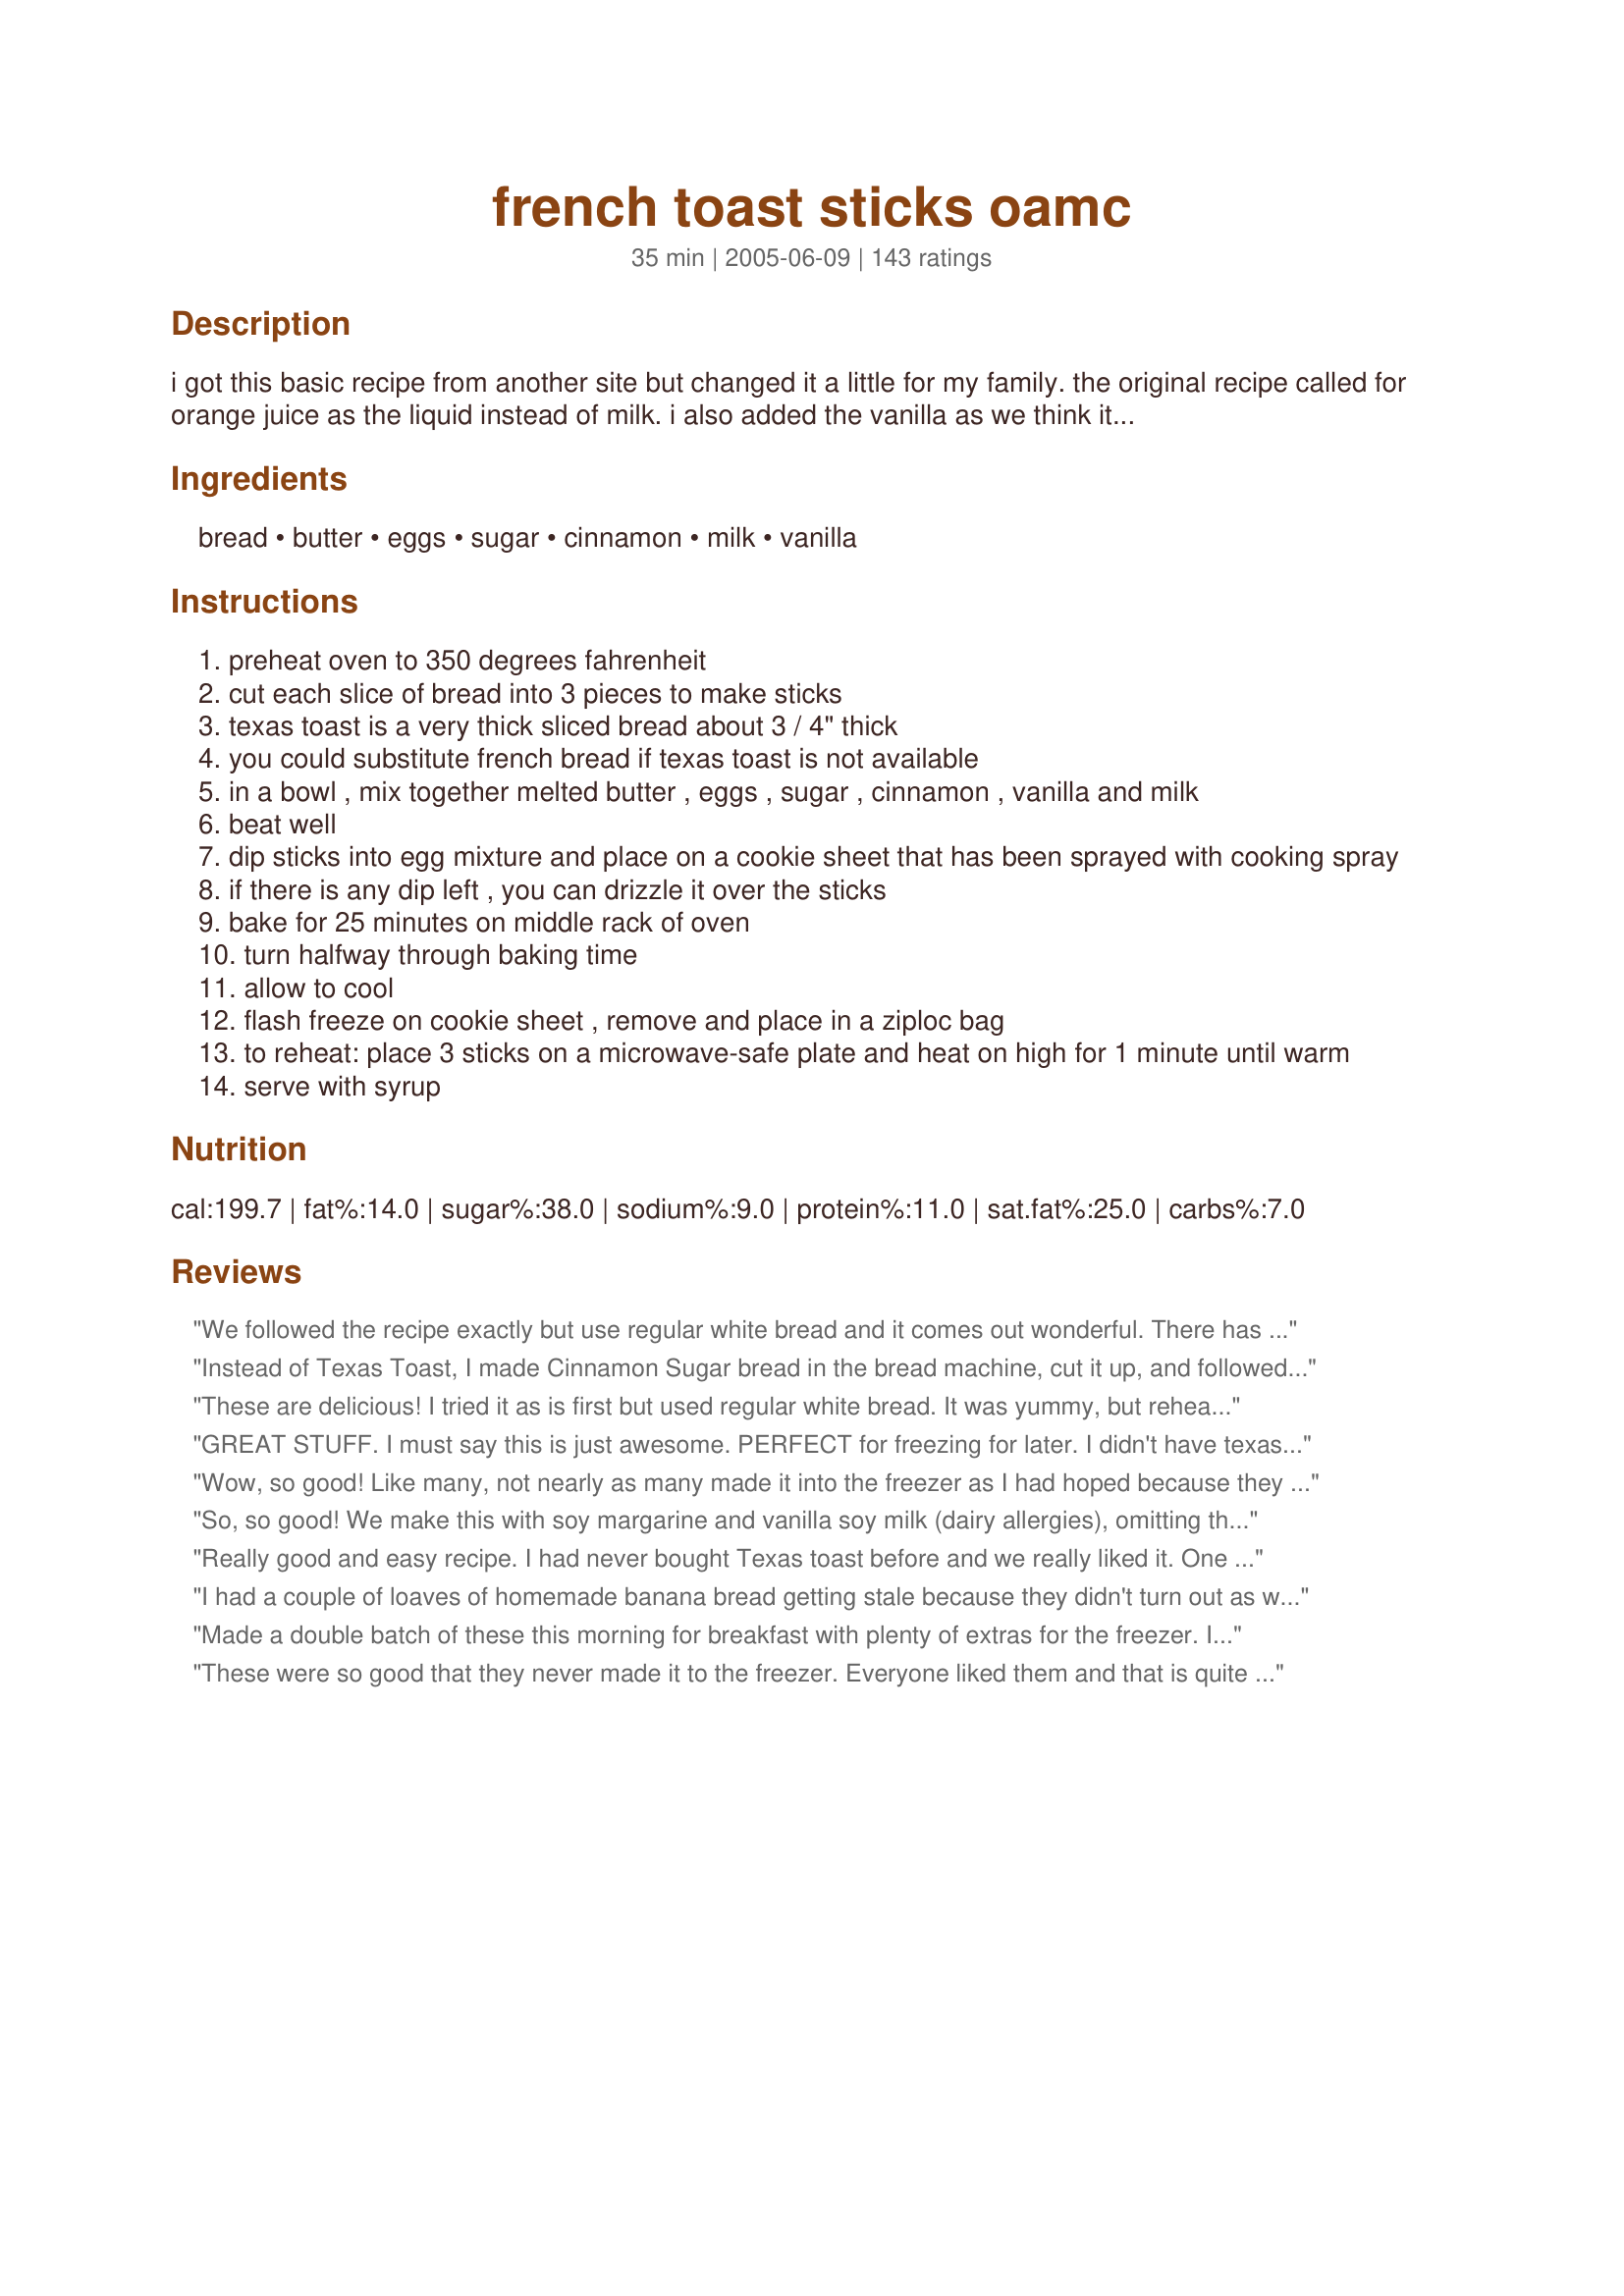
french toast sticks oamc
Preparation time: 35 minutes

i got this basic recipe from another site but changed it a little for my family. the original recipe called for orange juice as the liquid instead of milk. i also added the vanilla as we think it gives it a nice flavor.

Ingredients:
bread, butter, eggs, sugar, cinnamon, milk, vanilla

Steps:
preheat oven to 350 degrees fahrenheit
cut each slice of bread into 3 pieces to make sticks
texas toast is a very thick sliced bread about 3 / 4" thick
you could substitute french bread if texas toast is not available
in a bowl , mix together melted butter , eggs , sugar , cinnamon , vanilla and milk
beat well
dip sticks into egg mixture and place on a cookie sheet that has been sprayed with cooking spray
if there is any dip left , you can drizzle it over the sticks
bake for 25 minutes on middle rack of oven
turn halfway through baking time
allow to cool
flash freeze on cookie sheet , remove and place in a ziploc bag
to reheat: place 3 sticks on a microwave-safe plate and heat on high for 1 minute until warm
serve with syrup

Reviews:
We followed the recipe exactly but use regular white bread and it comes out wonderful. There has never been enough leftovers to freeze.
Instead of Texas Toast, I made Cinnamon Sugar bread in the bread machine, cut it up, and followed the recipe. Ohmygod, delicious. I recommend the same to anyone that has a breadmaker, because that extra step MADE this for me. And now I don't have to buy the additive-packed french toast sticks at the store! Thank you Thank you!
These are delicious! I tried it as is first but used regular white bread. It was yummy, but reheated they were a little hard. The second time, I used Texas toast and added more sugar because I want my kids to be able to eat this on the go and I dont want sticky fingers in my car. Sooooo good! If you up the sugar you dont need syrup! Yum!
GREAT STUFF. I must say this is just awesome. PERFECT for freezing for later. I didn't have texas toast style bread on hand so I used regular white bread. Definently would be better NOT to use white bread. White bread fell apart and was a bit difficult to work with. But the batter was GREAT. A super recipe. Again Thanks JillAZ!!!!!!!!!
Wow, so good! Like many, not nearly as many made it into the freezer as I had hoped because they were too good to resist. For some reason, the melted butter became kind of clumpy - maybe the eggs/milk were too cold?? - but they still came out delicious. Followed recipe exactly and wouldn't change a thing next time. Thank you!
So, so good! We make this with soy margarine and vanilla soy milk (dairy allergies), omitting the additional vanilla. We use "artisan" sourdough bread, cut an inch thick, and the texture is fantastic - nice and crunchy and chewy, not all gooey and soggy like french toast can sometimes be. Reheating frozen sticks takes 30-40 seconds in our 1000 watt microwave. Thanks, JillAZ, we make these all the time!
Really good and easy recipe. I had never bought Texas toast before and we really liked it. One loaf was exactly enough to double the recipe. When I tried to turn them halfway through the first batch they weren't quite done yet and stuck to the pan, so I had to cook mine quite a bit longer before turning them. I ended up raising the temp to 375 for the final batch, which worked great for me. They crisped up really nicely at that temp (at least in my oven). They reheat pretty well and my 2 yr. old gobbles them up. Much cheaper than buying them frozen.
I had a couple of loaves of homemade banana bread getting stale because they didn't turn out as well as usual. I used 1 to make this just to see if the stale bread could have a second life and they were WONDERFUL! Yum! I also did a few slices of regular whole wheat storebought bread just to see, and they turned out great too. I will make this whenever I need to use up stale bread from now on. I like that there was sugar in the milk mix, because to me that tempered the "eggy" taste that I usually do not care for in french toast, plus it made them appealing to my lttles (ages 5, 3, and 1.5) without syrup, although I did give them a little honey for dipping.
Made a double batch of these this morning for breakfast with plenty of extras for the freezer. I used a whole loaf of the Texas Toast, with enough egg mixture leftover for four slices of regular french toast. After reading the reviews of the melted butter clumping when added to the egg/milk mix, I decided to combine everything but the butter and let that warm in the bowl on the stovetop while I preheated the oven and cut the bread into sticks. I then added the melted butter just before I was ready to dip and had no problems. Dipped about half as written, then added approximately a 1/3 c. maple syrup to the egg mixture to finish the rest. My three kids seem to prefer it with the syrup added. A delicious recipe without the additives in the store bought version. Thanks a ton!
These were so good that they never made it to the freezer. Everyone liked them and that is quite an accomplishment in my house. I made them exactly as written, except I forgot to turn them halfway but they were great anyway. Thanks for such a great recipe. UPDATE Today I was in a hurry making these and I forgot to add in the melted butter. My kids and I could not tell the difference. So from now on, I will not add the butter.
This was easy and really good. I made to have on hand for breakfast or school lunches. Used TX Toast. I was able to use 3 more slices to use up all the egg mix. I put on parchment paper, one sprayed, the other not (ran out!) When it said turn halfway through, I had a brain fart and literally turned the pan, not the sticks! Duh! They came out fine, just not as crisp on the bottom. Won't be able to tell after defrosting. Kids liked them, but DD said you couldn't just take a bite, you had to rip with your teeth, which may be from the crust.
Very good and easy, I doubled the liquid mixture and it was enough to do a whole loaf of the texas toast bread!
Wonderful recipe. I am always looking for quick good breakfasts and being able to freeze this is great! I did make a few changes. I didn't have Texas toast or French bread so I used my families favorite wheat/white bread and cut the slices a little thicker. Also, instead of melted butter, I used canola oil (The first time I tried it, when I added the melted butter to the eggs, the butter clumped up. This probably wouldn't happen if I let the eggs get to room temperature first, but the oil worked fine). In addition, I used 1/2 tsp. cinnamon and 1 tsp. vanilla. And I increased the cooking time to 30 minutes, for 15 minutes on each side. This recipe is awesome!!!
Wow these are unbelievable! I made a double batch and one came out much better than the other. Go figure. I also cooked them for more than 30 minutes but followed these recipe to a tee. I will have to trick my kids into thinking there aren't 15 servings in the freezer! They would eat every one of them. This is the kind of reciped that I wish I had twenty of. Thanks.
Very good recipe; instead of using regular bread I used mini 100% whole wheat bagels (Brand: Thomas)... My Son (18-month old) is in the picky eater stage and he doesn't like french toast but he lovedddd this recipe ;D. Thank you very much!!!
I cut the bread in thirds and lightly toast it before dredging. It keeps the integrity of the middle slice.
Great recipe that makes heaps. I had intended to flash freeze half, but we had company pull up in the driveway just I took the french toast out of the oven, so I served them with coffee for morning tea. Really yummy. We dusted them with icing sugar. I also love the fact that I didn't have to use a frypan to make them - a big winner in our house , thanks JillAZ
Great recipe and OAMC technique. I used nearly two small loaves of Pepperidge Farm whole grain cinnamon swirl sweet bread, added a bit more milk and egg and decreased the sugar. Texas Toast would probably give a result that's closest to the frozen French toast sticks you can buy, but I wanted these to be firm enough for the kids to hold and dip in syrup. I look forward to experimenting further with this wonderful recipe! Thanks for sharing!
I followed the recipe as written except I used OJ and took out the vanilla. I made 6 batches at once and all of my batches stuck to the pan really badly so use lots of oil! I also recomend doing the egg batter in 1 or 2 batch bowls because my butter kept solidifying. These are awesome reheated, but the slight orange flavor was pretty much gone after freezing.
It was nice to make French Toast all at once, rather than piece by piece. The taste was good, but they really stuck to the pan, so I will HEAVILY grease the pan next time. With the addition of syrup, the sticks were a little too sweet, so I may also lessen the sugar next time. Will review again after freezing and re-heating. THank you for breakfast!
These are seriously SO GOOD, the perfect French toast that you could imagine. I&#039;ve always tried new recipes but all the French toast turns out with too much egg glopped on the sides and such. I can&#039;t describe how or what makes it delicious. This recipe is a keeper for sure!
Followed the recipe exactly and they are 1000 times better than the store bought frozen variety. I'll never buy those again! I made a 1.5 pound loaf of french bread in my bread machine, let it cool and cut it into 8 super thick slices. Cut those slices into 4 strips each and it was perfect. Used up the last bit of dip with the last piece of bread and the texture is great! Thanks for sharing, this is a recipe I'll be using the rest of my life.
Wonderful to eat, superfast and easy to make - what more could you ask for?
I just found this recipe and knew I had to try it since school starts tomorrow. I planned on making one batch but the bread store had 5 loaves of Texas Toast for $5.25 or $1.79 each so I went overboard and am glad I did. I came home and started my first batch. I have already eaten a serving while slicing my remaining loaves of bread. I didn't change a thing and they are excellent.
I'm defintely giving this recipe 5 stars...it's great fresh out of the oven and I make this on Sunday's for my husband and daughter...

My problem lies in reheating after freezing...they just weren't good. They seemed to get hard after reheating for 60 secs, and even after decreasing the reheating time, they just didn't have the same flavor. 

I'm in no way blaming the chef/recipe...I did follow the steps to the 'T'. I think I'm just partial to the fresh out of the oven taste of this recipe and that seems to be the only way I want to eat it.

This recipe is still and always GREAT!
Bon Appetit, YA'LL. Made for Alphabet Soup Tag.
This was really good. I will now use this in my breakfast arsonal. Thanks, jillaz
I recently started something a bit different with the cinnamon and thought this might make a neat suggestion. Instead of incorporating the cinnamon into the "batter", dust it over the slices of bread and then cut it into sticks, dipping into the "batter" after that. I will be trying this recipe and then updating my review. -Azure!
Mmmmm....these are so good. We had "breakfast for dinner" last night and these were a BIG hit. I loved the cinnamon in these. I had little cups for our syrup so the kids could dip. thank you for sharing these little gems with us.
I'm so tired of buying the store bought ones. These ate great and I didn't even need to buy Texas today, I was already making bread and set aside a loaf to make these. Be very gentle when dipping, they get weak. I coated with cinnamon sugar just like the store. The kids want them for lunch and they're still baking!
I cut the recipe in half as I only had two eggs but followed the recipe as written. I did use Splenda instead of sugar though. I didn't even get to try this as my husband and son ate it as soon as it came out of the oven. They both said they liked them. I didn't cut mine like someone else suggested. I will have to make these again so I can try them.
Easy to make and my boys loved them. I may have to make these every weekend to have on hand for school days.
My son loves french toast sticks, these are great for 6 am hockey practices.
I made some modifications, I used 6 slices texas toast bread, 1 tbsp melted butter, 4 eggs, 1 tbsp sugar, 1 tsp cinnamon, 2/3 cup milk and 1 tsp vanilla.
I think I will bake a little less time next time.
These were a big hit, thanks!
Loved the reccipe! One tip: I mix the cinnamon with the sugar prior to adding to the egg mixture, as it will not clump this way. Otherwise, made just as directed.
I used leftovers from a loaf of bread I made for dinner the night before from my bread maker (it's never quite as good the next day!) This was the perfect solution for the unused bread. I let the bread get a little stale and then let it soak a little longer in the liquid. Fantastic! My 4 year old loved it! As she said, it was "just like the restaurant!" Froze a bunch for those mornings we're rushing out the door for preschool. Thanks!
I cut the Texas toast into 3rd&#039;s and had no problem dipping. If you foil your baking pan or not make sure you spray Pam a little heavy. Also I found that baking on the bottom rack gave me the best browning. Great recipe!
My kids loved these. I did have trouble with them sticking to the pan, so some of the toasted crispness was gone. Also I microwaved them on 1/2 power, they were too chewy at full power.
We haven&#039;t had a chance to freeze these yet, but they were a big hit straight out of the oven. I did 1 1/2 batches of batter, and got almost 12 slices out of it. I used french bread, cut into 1&quot; slices, with each slice cut into thirds. I used parchment paper, and turned them carefully with a spatula - no problems sticking. I baked them a bit longer than 25 minutes. We had them for &quot;night breakfast&quot; with sausage and grapefruit. We&#039;re looking forward to reheating the leftovers for breakfast. Thanks for sharing! (Also, I&#039;ve never added the butter, and we haven&#039;t missed it a bit!)
This was super east to make and I like the fact you bake it instead of fry it. We doubled the recipe and used a whole loaf of the "Big bread).
My 4-yr old liked these. They do need to stay in the oven a little longer. I left mine for 30 minutes.
these turned out well for me. I made a double batch, used regular whole wheat sandwich bread (next time I will use french bread!), splenda instead of sugar, and I ended up putting in only 1/3 c milk- not sure how I did that! These french toast sticks were easy enough for the kids to help me with, tasty, and a great morning meal or afternoon snack. My boys love to dip these in applebutter or applesauce! Thanks for posting!
I HATE CAN'T STAND... french toast, but this was fantastic & WONDERFUL!! I made these for the family for OAMC. I thought I would just try it, and they are REALLY GOOD!! I don't even think you would need syrup with them. I already had cinnamon sugar so I just used 1/3 cup of that. I wish I would have doubled the recipe. I will be making these again for sure. I used french bread from the store so it only cost me about 2$ compared to the 7-10$ it would have cost to buy pre-made. I am going to try wheat bread next time. I also cut all of the crusts off prior to dipping in the mixture (per other comments). Really loved these, so did the family. Thanks so much!! Edit to change typo
These are great. Made a batch yesterday & as soon as they were done DS wanted to eat them. Made as directed except sprinkled the cinnamon on the toast right before putting in oven.
Thanks for recipe.
Perfect in every way! I first made a loaf of Basic Machine French Bread Recipe #46501, letting it cook in the machine so I had a loaf that was a rectangular prism. After cooling, I used my bread slicing guide to make thick slices by skipping every other slot. I could then proceed per the directions above. One and a half recipes of the egg mixture was just the right amount to make up the whole loaf. By the way, I used the blender to mix the egg dip. A few of the toast sticks were eaten right away because they smelled so good, even if it were 10:00 at night! The rest got frozen and my daughters are loving the convenience for a quick breakfast. Thanks for a great idea.
I doubled the recipe and used flax seed bread. I baked them at 400 degrees because I was having a hard time getting them to brown. I ended up with 1 1/2 gallon sized ziplocks full of sticks. My 3 small children loved munching on them and dipping them in syrup. Next time I will quadruple the recipe!
Yummy!! DD was growing tired of frozen waffles, so I made these this AM as a part of my OAMC day!!! Absolutely yummy! I was unable to find Texas Toast so I used Italian Bread instead and they turned out perfect. Thanks!
This makes a great breakfast for my toddler. I omitted the sugar and some of the butter to make it a healthier recipe. I also used regular organic wheat bread instead of texas toast.
I liked this very much but was quite a bit of prep work and cook time was a bit more....maybe because I used italian bread thickly sliced. Enjoy preparing something ahead of time as the school year approaches. will make again but will make a double batch to make up for prep time...mine as well make it worth my while!
To avoid the problem of sticking to the pan...use Parchment Paper. Easy to flip and brown beautifully. My kids love these!!
Doubled the recipe. Was only able to get 14 slices, but who cares?! Rather than baking/or making sticks, we just fried them in a pan whole. Delicious!! Thank you!
These turned out really well, except that they stuck to the pan horribly, even though it was greased. I think this was due to pouring the extra dip over them, as the sheet pan tilted a bit in the oven and the ones without the extra dip were fine. The ones that the dip pooled by were the ones that stuck badly. Next time I'll try it without using up the extra dip, but my 18 month old loves these and it definitely saves me time every morning!
These are a staple to have in our freezer, my kids love them!
Made these for a family brunch & they came out delicious! I made the mistake of putting foil on my pans for easier cleanup, but even sprayed with cooking spray the bread got a little stuck -- lesson: don't line your pan with foil; just spray with cooking spray! I added a little nutmeg to the batter too - made them extra yummy. Thanks for posting - will make again! -M =)
These were just what I was looking for. Baking them in the oven was so easy. It did take a few minutes more and turning them over one more time to get them browned, but no problem since I wasn't standing at the stove cooking all of these in a pan. I haven't tried freezing any yet, will do that next go around. Thanks!
Great recipe!! My daughter loved them! Which is a great thing. I didn't bake as long as what was stated as my oven runs hot. Next time I make I will add more cinnamon cause the kids want them to tast cinnamonny! lol Thanks JillAZ!
These were good. I had two picky 6 yr. olds reqest french toast sticks for breakfast after a sleep over. I usually buy the frozen ones but I realized that I had ran out. So I made these for them instead and they loved them and turned in 2 empty plates! Anytime they clelan their plates it's always a keeper for me!! Thanks!
I followed the recipe exactly (but doubled it) and my grandsons (ages 6, 4, and 15 mo) enjoyed them... as did DS and DIL. The leftovers made it to the freezer but were finished off the next morning. I esp liked that they were baked rather than fried. Definitely will make again. Thanks for sharing this recipe! EDITED TO ADD: Made again today using a loaf of artisan bread sliced appx 3/4" thick. Did not cut into sticks. Baked on parchment paper and it did NOT stick... yea! Had to bake a bit longer b/c the bread was heavy and thick sliced. Leftovers are heading to the freezer for later enjoyment! :)
Delicious! I used regular bread. Next time I'll be sure to make a double or triple batch, as this only made one meal for us.
These were very yummy!
Ours didn't make it to the freezer either. Will try that next time!
Thanks for the great recipe!
Great Recipe! The kids,hubby and myself have enjoyed these. They are easy to make and freeze. So much nicer than store bought stuff too cuz I use my homemade bread (via bread machine) to make the sticks. I am going to have to try Britty's suggestion next time and make Cinnamon Sugar Bread for the sticks. Thank you!
Update: Tried the Cinnamon Sugar Bread and it was awesome! Thank you Britty for the suggestion.
I made these for my husband for fathers day as he loves french toast sticks. They did not look like the picture. Since my oven runs very hot, I kept the toast in tact and cut it into 3rds after baking. I believe I let the bread soak up too much of the egg mixture. They did taste good however the middle was not as firm as I had hoped and the toast did not brown like the photo. Will make again but will truly dip the toast in the egg mixture instead of set it in and then flip it over. Definitely worth another shot! I gave 5 starts because the taste was there but I did not follow the directions exactly which is why I believe I ended up with the result I did.
Love this recipe! Easy to make, very tasty, and the kids can't get enough! I love serving these with apple sauce to dip into. This made enough egg mixture for twice the amount of bread though. Next time I'll just double the bread and not the rest of the ingredients. :) Thank you so much for posting! Great freezer filler.
My DD (12) loves these in her lunch box. I pull out the zip lock bag from the freezer & pop them into her lunch box in the morning & they are ready by snack time. Thank you for posting
Used cafe style raisin bread as was on sale, TRUE!
Mixed together sugar, eggs, milk, vanilla too!
This is an easy brekkie for me!
Will serve with jam, SO HEALTHY!
Husband and baby loved these. Unfortunately, they never made it to the freezer. Next time, definately making a double batch!!!
Made this weekend--the kids & DH liked it so much that they wanted to have it for dinner. I used parchment paper (as noted by another reviewer) to avoid any sticking. The recipe was doubled to make an entire loaf of Texas toast, but I found that I still had to add a couple of eggs to get all the pieces covered. I chose to bake a wee bit longer (1 minute or so) to get a little more golden brown & crispy, cos my kids seem to like French Toast stix that way. Thanks for this great make-ahead breakfast recipe!
They came out great! Loved 'em!
These were awesome. I made enough to freeze for a month but with 5 kids and a husband in the house they were gone much faster than that! Thank you.
I tried this using a basic homemade white bread and it worked perfectly. I only had enough bread to make four thick slices so I halved the recipe. To save time, I made them as whole French toast pieces. The kids gobbled them up so I had none left to freeze. I'll be trying this again soon. Thanks for the recipe.
These are wonderful! They taste so good and are so much more healthier than the store bought. I'm glad to find such a kid pleaser breakfast. Thanks!
I made these for a church breakfast and they worked out really well. I put cinnamon in the batter AND sprinkled cinnamon and sugar on top before putting in the oven. I didn't freeze them - just made them in the evening and warmed them up the next morning. Thanks for posting!
I like how these were crispy on the outside. The kids liked dipping them in syrup.
These were great fresh out of the oven. I have to agree with a previous reviewer, they are not as good reheated in the microwave (they seemed to get a little rubbery)
These turned out great! 
I had enough extra batter to use up the whole loaf (I had to use thick cut white bread with sesame seeds on top called a "BBQ Loaf"). Very accurate instructions and very tasty results.
The egg mixture was almost the perfect amount. I noticed after flipping them (which was near impossible without a spatula, even with well sprayed foil) the other side didnt really get browned as much as just toasted. It was still terrific and will make it again.
Deee-licious and super easy, too. None have made it to the freezer yet but have been enjoyed by all.


This was easy to make. I doubled the recipe and used regular white bread. I used 21 pieces of bread for this amount of batter. I cut the slices of bread in two and some in three, we'll see how they taste reheated (and I will update my review). We had 5 of the pieces whole (including using two "sandwiched" with cream cheese for stuffed french toast) and they were yummy.
You may see the cooking time and wonder whether its really worth it. It absolutely is. These were sooooooooo amazingly good, probably one of the best breakfast recipes I&#039;ve ever tasted. If you don&#039;t love it, you might just be a dang fool.
WOW! These are great and very easy.
My kids will love it.
I did use brown sugar in place of the regular sugar. I used homemade white bread.
This will be a winner in my book!
These had a really good flavor. My only issue was that they seemed to be a little mushier than regular French toast...I just popped them in the toaster and they were fine. My 2 year old devoured her portion, as did I (and then some). I used sourdough bread because it was the ONLY thick-sliced dense bread the grocery bakery had...didn't seem to hurt the flavor. Also, mixing warm melted butter with cold milk and eggs made things a little clumpy and difficult to blend well...perhaps creaming those ingredients as another reviewer suggested would be best. Thanks!
loved this. i used an uncut loaf of french bread which i cut into about 16 thick slices so i doubled the recipe. i also added a dash of nutmeg & blended all the ingredients together in my blender. the cinnamon & nutmeg tend to settle at the bottom so i dusted some extra before baking. i also let the bread soak up the milk in a deep pan for about half an hour (turning 1-2 times) before putting it in the oven. teh bread smelled heavenly straight out of the oven. thank you for the great recipe JillAZ.
Grandkids here for a week and so I was looking for something easy that they would like. They love pancakes and would have them every morning if I'd let them. Thought this would be a nice change. They liked them and I thought they were really good as well. Thanks, I'm sure I will make again.
We used to buy the frozen french toast sticks at the grocery store -- not any more! These are soo good that not all of them make it to the freezer after a batch is made. I add more vanilla, and my kids just devour them. Thank you for the recipe. My kitchen smells yummy while these are baking.
Wow thanks for a great recipe. I like having healthy ready made breakfasts. Dh and 3 yr old loved them. I spread them with pb for my son. It is very inexpensive too make too. I dipped the bread in the wet ingredients and them sprinkled the cinnamon sugar over the sticks
Excellent recipe!!! My husband and 18 month old really loved them! I made extras to freeze for my once a month cooking plan! Thank you, Jill!
OK - at the sake of my own embarassment (as I should know better) - you want to make sure your melted butter cools before pouring it into your eggs. Excellent recipe though.
Great recipe, only sub was we used regular whole wheat sandwich bread. Both my 3 and 5 year old loved it and so did my husband (who has suffered through my trying out different french toast recipes that did not turn out nearly so well, I seem to be french toast challenged...!) this recipe is great, the only problem is we made the whole batch and they ate so much of it there wasn't enough left to freeze so I'm going to have to make another batch!
I never write reviews and this recipe is so awesome i had to say something. I made this for a xmas brunch with friends and it was AMAZING & EASY to make ... LOVE IT !!
What a great idea. I made this because I have a 20 month old and these are perfect for quick breakfasts. Mine didn't brown up much (pretty sure it was the pan I was using) but they still tasted great. I couldn't find any 3/4 sliced bread so I made a homemade loaf (with cinnamon) and sliced it really thick. I will be using this recipe quite a bit! I am going to recommend it to some of my friends with young kids. Thanks.
This is excellent. I made a double batch planning to freeze some for quick breakfasts, but my family ate almost all of it in one meal.
We all love this, including my 4 yo and 2 yo. I have so far only used orowheat original bread--the regular thin slices--and it's been delicious. I save time by not slicing them until after they are done in the oven. I found the individual dipping so time consuming. But if you are using thick bread, it might need it. I also nearly doubled the cinnamon. I did mine in the oven at 350 for 5-7 min. on each side. Thanks so much for a great recipe!
These are fantastic! I usually fry them on the griddle instead of baking them, but I also usually make about 6 batches at a time (no joke!). That way I have plenty in the freezer. I do home day care, and the kids LOVE French Toast day!
These were very good. My DH really liked them. Can't wait to try them on the grandkids.
My kids HATED these. They were dry and tasteless and they fell apart. All of the other reviews seem to love them, but we did not.
Yummy! I just made this yesterday, did not try it at the time but rather froze all of it, and had some this morning and it is *fabulous*. I was worried because it looked dried out when I took it out of the oven (at one point i'd turned the oven off and left it in there intending for just a minute or two, but i forgot about it) and then figured it would dry more during the flash freezing, but this morning after microwaving it was tender and delicious.<br/><br/>For those who say it comes out chewy, any bread that is over microwaved will be chewy. With my french toast the crust was slightly hard-ish (but maybe from being in the oven too long) but it was not chewy at all.<br/><br/>I left the bread in whole slices, and for 2 slices I microwaved them 40 seconds on each side. It was perfect!
LOVE THESE!! I have made 2 batches & both tiimes only half made it to the freezer because my hubby, 3 year old daughter & I ate the other half. I also cooked at 400 (11 min each side) based on other reviews when they weren't browning at 350. This recipe is a keeper!!
I made 1 batch to try out the recipe....I am making another before the 1st are even cooled. YUMMY! The kids LOVE 'em. Great recipe! Thanks JillAZ
I am sorry to say these did not work for me. :( I followed the ingredient list exactly, and when I went to flip them halfway through, they all stuck to the pan {sprayed with Pam} and half of them were burnt. I love the idea though - thanks for sharing!
I've made them twice now and still haven't had a chance to freeze any before they all get eaten.
Made this recipe, but cut out the butter and added 1T maple syrup. My toddler to my parents love this quick and easy meal. I don&#039;t cut my up until after it is baked, and only if my toddler request it. Great meal! Freezes well!
YUM! Really simple idea and so easy to make. I used white toast but i think a thicker bread would be yummier! I was on a diet & i just ruined it by eating half of of the quantity i made (now i'll have to work it off before bed :). I didn't have any syrup but i sprinkled vanilla sugar over the top which was nice. Thanks JillAZ!
I made these for the first time yesterday, after a miserable failure earlier in the week with another recipe. I followed the recipe exactly as written. They were a success. Both children (8 & 9) devoured 4 sticks each. I did have to bake them longer in order for them to have a toasted appearance. Another reviewer posted that when cutting the bread into 3 slices, the middle stick ended up to soggy, but I didn't have any problem w/sogginess. I baked them on a silpat mat, so there was no sticking at all. I brushed them with butter immediately out of the oven and then sprinkled them w/ cinnamon sugar. This recipe is a definite keeper.
I am rating this on behalf on my 5, 3, and 1 year old boys...They loved these! Perfect breakfast idea for my 5 year old starting K in 2 days. Will always make sure I have these in the freezer! Thank you!!
Oh my gosh these are so good. Although they did not ever make it to the freezer as planned. I love the ease of it all. My only suggestion is to make sure you spray the pan well with cooking spray. I did a light spray and had to fight to get some to turn over. Definately will make many times again. Thanks!
These were so good! I wanted to try a new french toast recipe as the one we had prior was too eggy. The only complaint from my wife is that the edges of the white bread we used were too crunchy. I guess next time I could cut the crust off the bread, but I preferred it this way. Thanks for the great recipe!
These were so good!! I doubled the recipe hoping to have some left over to freeze. That didn't happen!! My 5 year old son kept going back for "just one more." I'll have to make a batch 'just' for freezing.
My kids went crazy for these French Toast sticks and they're begging for more! I used Texas Toast and followed the recipe exactly. They bake to such nice, golden brown. We ate them right away, but I will be making another batch for the freezer - if the kids don't eat them first. These have got to be healthier than the French Toast sticks I buy at the grocery store and much more affordable. Thank you so much for such a family friendly recipe.
Hubby was snowed in this morning and hungry. This was fantastic and he finally stopped grumbling about the snow and started raving about this. I did increase the cinnamon to 1/2 tsp and the vanilla to 1 tsp though. It was gooooooood! Thanks!
I tried making this one morning. The cinnamon and vanilla combination was just too strong. Next time I will ommit vanilla and just use cinnamon.Also, my bread sticks came out too soggy. I tried leaving them in the oven longer to make them crispy but it did not work. Maybe because my bread wasn't too thickly sliced. Next time I will toast the bread and brush the egg mixture on it and then place it in the oven. :(
This is really great to have on hand in the freezer.<br/>I would reccomend not cutting the bread into 1/3's until after baking. The middle piece tends to break easily when dipped.<br/>I really like this NOT cut but using whole slices of bread.
These were a huge success. My son loves french toast sticks, but they are so pricey. I came across this and decided to try it. He loved them and so did the rest of us. I will add more cinnamon next time for more cinnamon flavor. Thanks. These will be great warmed up on school mornings.
These were YUM-O and way cheaper than the store bought kind. Aside from them sticking to the pan (I guess I didn't oil the pan well enough!) Thanks Jill!
Well mine are still cooling before I can freeze them, but they are SO YUMMY!!! And I usually don't eat French toast b/c I hate eggs and I feel like I can ALWAYS taste the egg, but these are so yummy!! My family always dips our French toast in a cinnamon and sugar mix right after they are pulled off the griddle (it's how they do it at Chef Mickey in Disney World!!) so that is what I did when they came out of the oven. My son really liked them and he was surprised when he woke up this morning to have a fun different breakfast! I also added some maple syrup to my mixture b/c well my son is 3 and I hate giving him syrup on his plate lol so I did it this way and we use yogurt as a dipper! Thanks for this great money saving recipe! Oh, I also had a whole loaf of regular bread that was going stale b/c I bought too much and we didn't get to this one, so I used it! And it worked perfect! I'm sure it would be awesome if I used Texas toast though too! Thanks again :)
Whole family really enjoyed these. They were fantastic right out of the oven, and still good frozen and microwaved. They were sweet enough that my son didn't even want syrup on them.
These are great- makes for a very quick & easy breakfast on school mornings. Plus it beats the price you pay for them from the store!
These were amazing-so simple and delicious!!! We sprinkled just a little extra cinnamon on the second side near the end of baking and they turned out fantastically. We&#039;ll use this method often. Thank you very much!
Just got done making these, The kids loved them. we will make them again and again. Just a tip blend the egg mixture in the blender it works great.Thanks
I couldn't find texas toast in my grocery store, so I bought an uncut loaf of white bread from the bakery and cut it into thick slices. The result was absolutely wonderful! I did use a 1/2 teaspoon of cinnamon and a full teaspoon of vanilla though. Because I was just cooking for myself, I had plenty for the freezer. This morning, I popped a few in the toaster oven and they were SO much better than the frozen french toast sticks that I've bought in the past! Everyone should try this!!!
I made these with homemade cinnamon bread and had some family over and all us loved them. Next time I'll try to freeze them if there's any left.
Awesome recipe, just perfect. Everyone loved them and will make again and again!
These are great. Easy to make. My husband thanks you! Great make ahead. Thanks for posting!
Wonderful! I made this for a family gathering (pre-Christmas) breakfast and everyone (including the picky ones) loved them! I made them the night before, put them in the fridge overnight and then re-heated them (at 350 for 8 minutes) in the morning. I'm making these every year from now on. I doubled the recipe (for 15 people) but I think I'll make 4X next year as I think everyone would have liked more.
Yum, yum, yum!! I have been wanting to try these for a while and we finally ate up the store bought french toast sticks. Made them this evening, so the kids could have a quick, easy breakfast before school. They smelled heavenly as they were baking. I was afraid the smell might wake them up! Of course I had to sample one (ok, two) :) I hope they are as good once they are frozen and just heated up. Straight from the oven they are delish!! Update: We ate the last of the french toast sticks yesterday. We baked them in the oven for about 10 min. and they turned out good. The crusts made them a bit hard, so next time I am going to trim the crusts off of two sides so they will only have crust on the ends. They did warm up well in the microwave for a quick breakfast, but were better in the oven.
These are fantastic. But just a live and learn tip- DO NOT skip spraying the sheet pan (smacks head). My first batch I could barely peel the sticks off the sheet.
Will be making a ton of these for my kids for a quick and easy breakfast on those busy school days. Made exactly as written. Won't change a thing. Thanks!
This was fast to assemble and dip... I baked my sticks for 30 minutes to get them just a bit crisper. Thanks for a wonderful addition to my recipe book! .
My kids loved these and told me to make them again! I enjoyed them too and think they'll be a hit with my hubby. He usually doesn't like french toast because he doesn't believe the egg is cooked all the way through. He finds them disgusting. lol. However; I think cooking them this way will convince him they ARE cooked. They had a great texture, not soggy, and they were crisp. I sprinkled a little powdered sugar on them and the kids thought they rocked. Thanks for sharing!
Finally made this the other day and it turned out so-ooo good! The only thing I can say that for me I needed more egg mixture for that amount of bread. Other than that I really cant say much. My 1 year old loved them fresh and this morning loved the frozen sticks too. Microwaved 1 for 25 seconds and it was ready. Thank you for sharing this recipe and helping us to save money! :)
Very good. We accidentally left out the butter (I melted in the microwave and accidentally left it there). We dipped the toast in the melted butter after it was done.
DS liked the first batch so much that there's now a double batch in the freezer. Perfect as written. Thanks, JillAZ.
This is definately the best french toast I have tasted. I do, however think they taste better fresh. When I froze and reheated them I found them a bit chewy for my liking. I will definately keep the recipe though and will make them again to eat fresh!
Wow!
Excellent recipe! I used whole grain french bread and double the cinnamon - the taste was so good the kids didn't even notice the whole grains (which they usually complain about!) Thanks for a great way to sneak those grains into my kids!
This was a quick dinner for us. The kids ate these just as fast as they came out of the oven. I forgot to add the butter and I still think they turned out great. Thanks!
The only down fall of this recipe is that I rarely have been able to get any into the freezer for later. 

I use whole wheat bread to up the nutrition value. Sometimes I sprinkle maple syrup granules on the toast before baking. YUM.
Great idea. I used a loaf of homemade cinnamon raisin bread I had in the freezer. Left out the sugar as the bread was already sweet. Served sprinkled with powdered sugar and blueberries and 2 1/2 year old inhaled them. Great for mornings you need to feed the kids and the brain isin't working, I nuked for 30 seconds in the microwave and then toasted in toaster oven to get a bit crispy. Making a second batch as I type to take camping to feed 4 hungry kids. Thanks for posting!
I made two batches of these yesterday. We ate an entire batch in the morning and I froze a batch in the afternoon. I thawed a few this morning for my kids and then popped them in the toaster. They were just as good as fresh out of the oven! NO SYRUP NEEDED FOR US! That's what makes it even better. Without the sticky mess, they become portable for early morning rushes out the door. I did notice on the first batch that when I mixed all of the ingredients together, the butter started to solidify again because the eggs and milk were so cold. So, the second batch I made, I creamed the butter, sugar, and cinnamon befor adding the other ingredients. Not only did it keep the butter soft, the cinnamon was incorporated more into the mixture instead of just floating on the top. I did not have any vanilla, so unfortunately, I had to leave it out. Had I had some, I would have definitely added it, but I didn't even miss the flavor as it was good enough on its own. Thanks for a new family freezer recipe!!
Super easy and very tasty - no egg taste like you get with most french toast. I use a loaf of wheat italian from the bakery at my megalomart, halved horizontally and then sliced. Increase eggs to 5 & sugar to 1/3C. and add a dash of nutmeg. We like to reheat ours in the toaster oven to keep that wonderful crispness.
Perfection! I wouldn't change a THING! We doubled the recipe and it used up the whole bag of texas toast with 2 slices left over
I followed this recipe exactly and my family LOVED these french toast sticks. I prefer to avoid the commercially prepared products like this since they include a host of preservatives. Love the real french toast sticks in this recipe! Thank you for a great recipe.
Made and froze these last night. They were very easy to put together, I followed the recipe exactly. I did have to cut my cook time down to about 20 minutes as my first batch got a bit dark. Tasted a stick fresh out of the oven and it was quite tasty. Heated a few up this morning from the freezer for breakfast and they were almost as good as fresh. They were a little "chewy" but other than that, very good. I've not tasted the frozen ones from the store, but compared to Burger King french toast sticks, they're not quite as good, but they're a lot cheaper and don't taste bad at all. I'll definitely be making them again and maybe take the advice of another reviewer and roll them in cinnamon/sugar. Thanks for posting!
The flavor was excellent we loved them. My only change would be to not cut the Texas Toast in three strips but in two strips. The middle gets too soggy and is terribly hard to flip in the oven without falling apart. Having the crust on one edge really helps them hold up well. Overall great recipe!
This was so delicious and easy. We sprinkled with cinnamon sugar on top. Um leftovers for OAMC, well...didn't quite make it to the flash freeze stage. :o)
